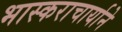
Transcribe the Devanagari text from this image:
भास्कराचार्याने